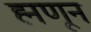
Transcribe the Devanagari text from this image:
ह्मणून